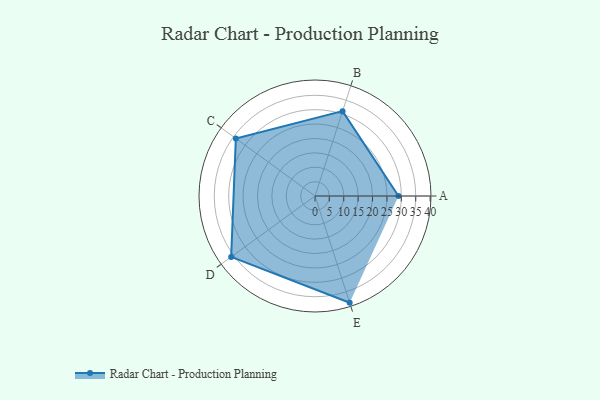
{"axis": {"x": "Skill", "y": "Score"}, "legend": ["Profile"], "data": [{"x": "A", "y": 29.0, "type": "Profile"}, {"x": "B", "y": 31.0, "type": "Profile"}, {"x": "C", "y": 34.0, "type": "Profile"}, {"x": "D", "y": 36.0, "type": "Profile"}, {"x": "E", "y": 39.0, "type": "Profile"}]}